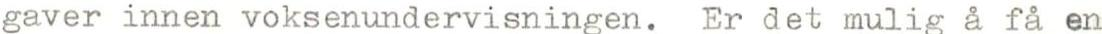
gaver innen voksenundervisningen. Er det mulig å få en